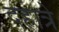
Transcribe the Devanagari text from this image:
दहात्रे